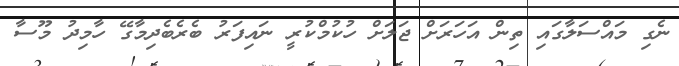
ނެގި މައްސަލާގައި ތިން އަހަރަށް ޖަލަށް ހުކުމްކުރީ ނައިފަރު ބެރެބެދިމާގޭ ހާމިދު މޫސާ